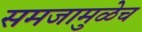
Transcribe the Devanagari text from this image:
समजामुळेच